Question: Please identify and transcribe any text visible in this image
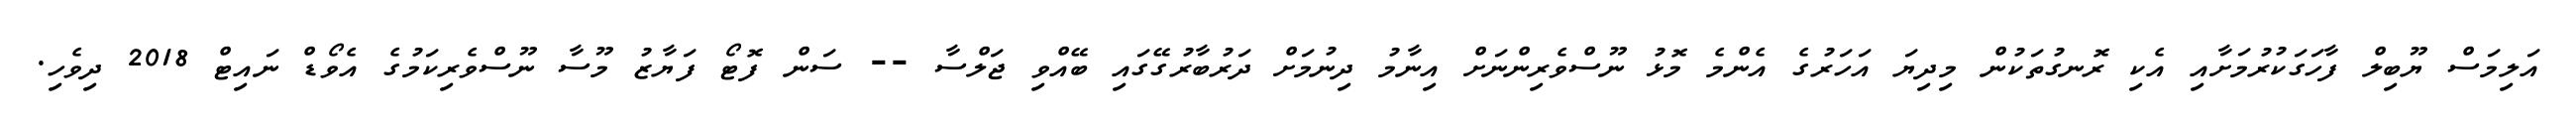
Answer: އަލިމަސް ޔޫބިލް ފާހަގަކުރުމަށާއި އެކި ރޮނގުތަކުން މިދިޔަ އަހަރުގެ އެންމެ މޮޅު ނޫސްވެރިންނަށް އިނާމު ދިނުމަށް ދަރުބާރުގޭގައި ބޭއްވި ޖަލްސާ -- ސަން ފޮޓޯ ފަޔާޒު މޫސާ ނޫސްވެރިކަމުގެ އެވޯޑް ނައިޓް 2018 ދިވެހި.